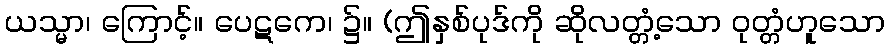
ယသ္မာ၊ ကြောင့်။ ပေဋကေ၊ ၌။ (ဤနှစ်ပုဒ်ကို ဆိုလတ္တံ့သော ဝုတ္တံဟူသော